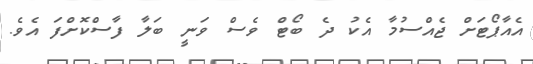
އެއާޕޯޓަށް ޖެއްސުމާ އެކު ދެ ބޯޓް ވެސް ވަނީ ބަލާ ފާސްކޮށްފަ އެވެ.